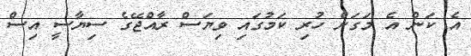
އެ ކަން އެ މަގަށް ހުރި ކަމުގައި ވިޔަސް ރާއްޖޭގެ ސިޔާސީ އިސް